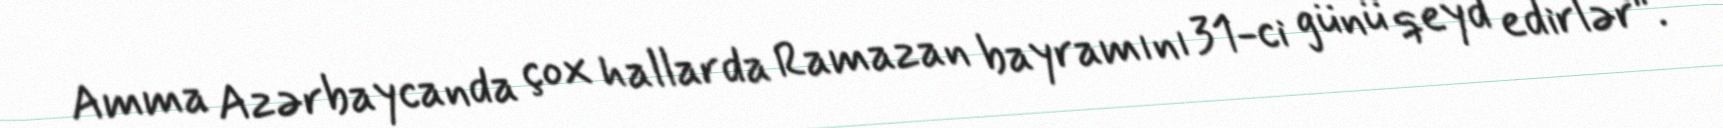
Amma Azərbaycanda çox hallarda Ramazan bayramını 31-ci günü qeyd edirlər”.